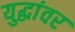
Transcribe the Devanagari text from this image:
युद्धांवर